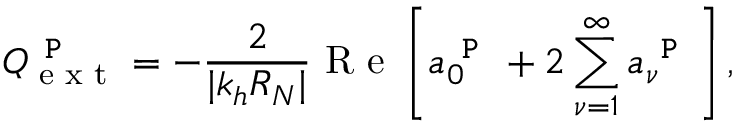
Q _ { \textrm { e x t } } ^ { \texttt { P } } = - \frac { 2 } { | k _ { h } R _ { N } | } \textrm { R e } \left[ a _ { 0 } ^ { \texttt { P } } + 2 \sum _ { \nu = 1 } ^ { \infty } a _ { \nu } ^ { \texttt { P } } \right] ,